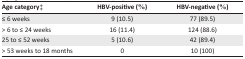
| Age category‡ | HBV-positive (%) | HBV-negative (%) |
 | --- | --- | --- |
 | ≤ 6 weeks | 9 (10.5) | 77 (89.5) |
 | > 6 to ≤ 24 weeks | 16 (11.4) | 124 (88.6) |
 | 25 to ≤ 52 weeks | 5 (10.6) | 42 (89.4) |
 | > 53 weeks to 18 months | 0 | 10 (100) |